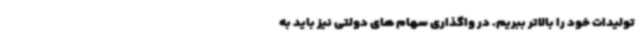
تولیدات خود را بالاتر ببریم. در واگذاری سهام های دولتی نیز باید به